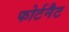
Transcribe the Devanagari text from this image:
फोर्टनैट